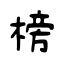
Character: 榜